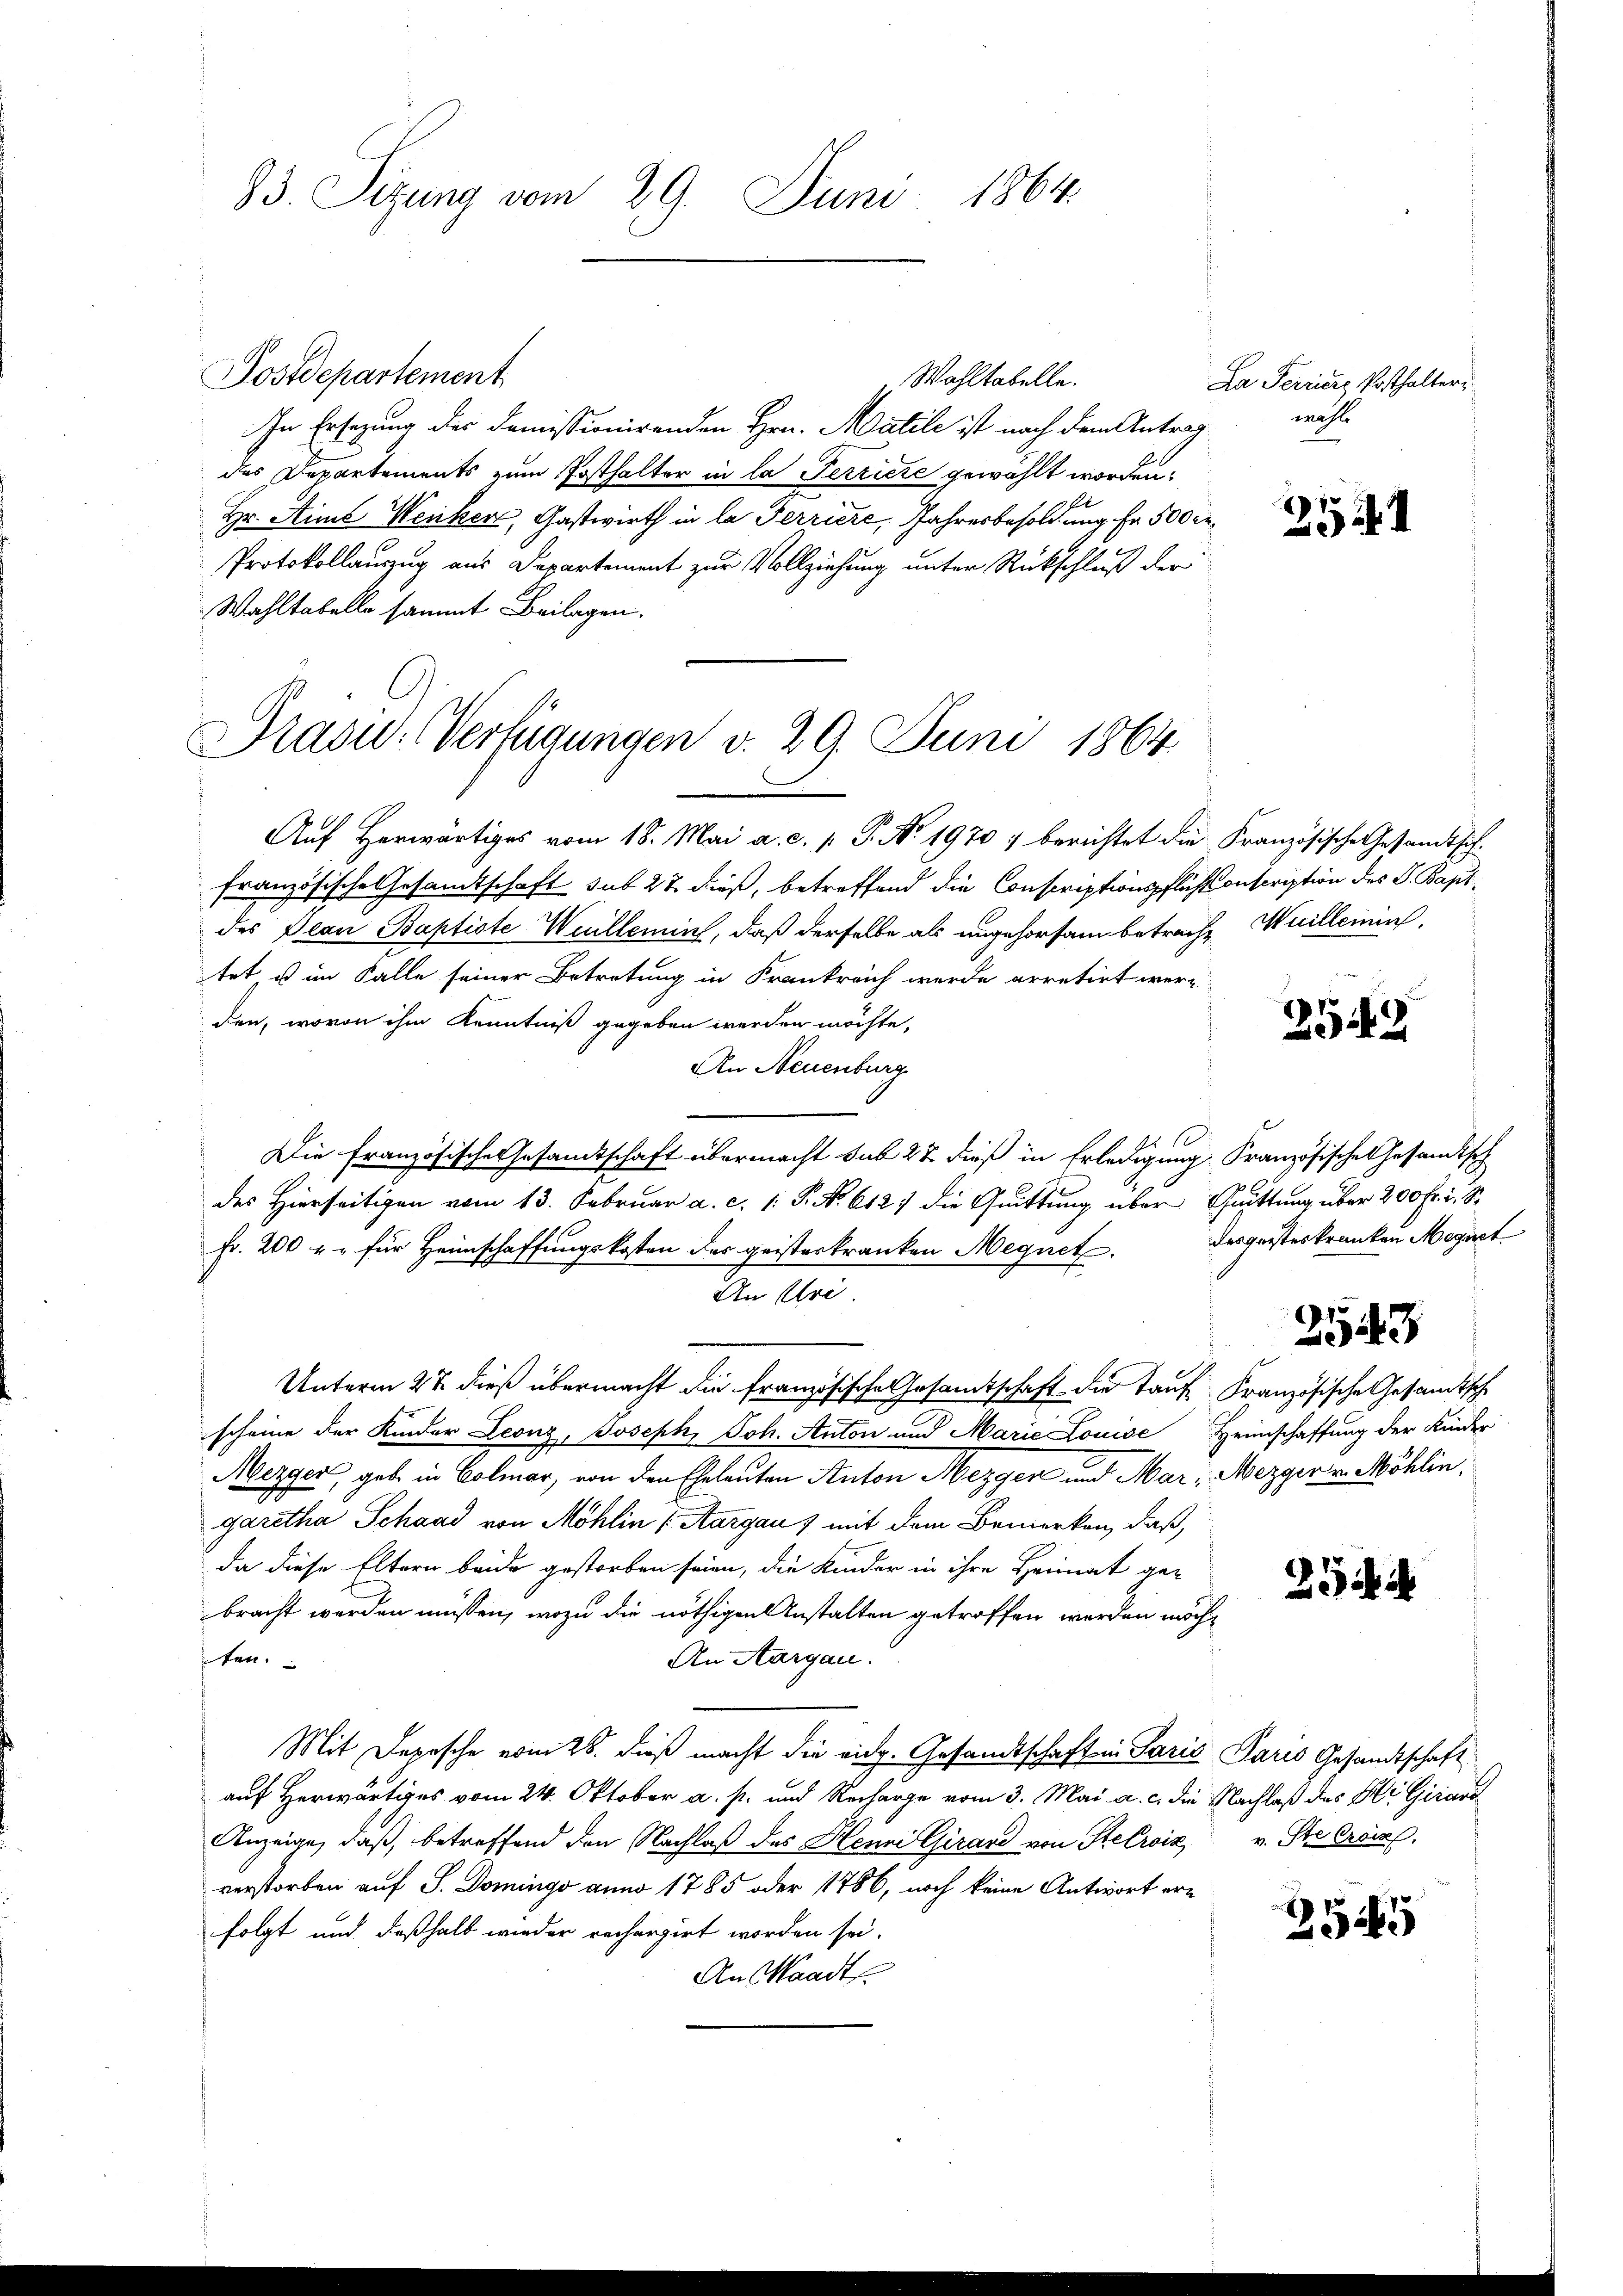
23. Sizung vom 29. Juni 1864.

Postdepartement
Wohltabelle.
In Ersezung der demissionirenden Hrn. Matile ist nach dem Antrag
des Departements zum Posthalter in la Terriere gewählt worden.
Hr. Aime Weiker, Gastwirth in la Terriere, Jahresbesoldung fr. 500 er¬
Protokollauszug aus Departement zur Vollziehung unter Rückschluß der
Wahltabelle sammt Beilagen.

Präsid.-Verfügungen v. 29. Juni 1864.

Auf Herwärtiges vom 18. Mai a. c. p. P. No. 1970 berichtet die Französische Gesandtschfranzösische Gesamtschaft sub 27 dieß, betreffend die Conscriptionspflichsonscription des S. Bapt
des Dian Baptiste Weillemin, daß derselbe als ungehorsam betrache Weilleinin
tet es im Falle seiner Betretung in Krankreich werde arretirt werden, wovon ihm Kenntniß gegeben werden möchte.
An Neuenburg
10
Die französische Gesandtschaft übermacht sub 28 dieß in Erledigung, Französische Gesandtsch
des Hierseitigen vom 13. Februar a. c. 1: P. N. 612. die Quittung über Quittung über 200 Fr. 2. S.
Fr. 200 u. für Heimschaffungskosten der geisterkranken Megnet. Desgeisteskranken Magnet
An Uri.
Unterm 27. dieß übermacht die französische Gesamtschaft die auf Französische Gesandtsch
scheine der Kinder Leonz, Joseph, Joh. Anton und Marie Louise Heimschaffung der Kinder
Mezger, gebe in Colmar, von den Eheleuten Anton Mezger und Mar, Mezger v. Möhlin,
garetha Schaad von Möhlin (Aargau & mit dem Bemerken, daß
da diese Eltern beide gestorben seien, die Kinder in ihre Heimat gebracht werden müssen, wozu die nöthigen Anstalten getroffen worden möch¬
An Aargau.
ten.
Mit Depesche vom 28. dieß macht die eidg. Gesandtschaften Paris Paris Gesandtschaft
auf Herwärtiges vom 24. Oktober a. s. und Recharge vom 3. Mai a. c. die Nachlaß des Hr. Girard
Anzeige, daß, betreffend den Nachlaß des Henni Girard von Helriz v. Ste Croin
verstorben auf S. Domings anno 1785 oder 1786, noch keine Antwort erfolgt und deßhalb wieder rechargirt worden sei.
An Waadt

La Terriere Posthalter
wohl

25

252

¬

2543

2

25